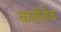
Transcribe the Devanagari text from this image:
काहीशेच